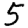
Digit: 5